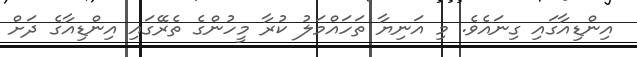
އިންޑިއާގައި ގިނައެވެ. މި އަނިޔާ ތަހައްމަލު ކުރާ މީހުންގެ ތެރޭގައި އިންޑިއާގެ ދަށް